Annual report on the Civil Veterinary Department, Burma (including the Insein Veterinary School) - 1923-1931
Year: 1923
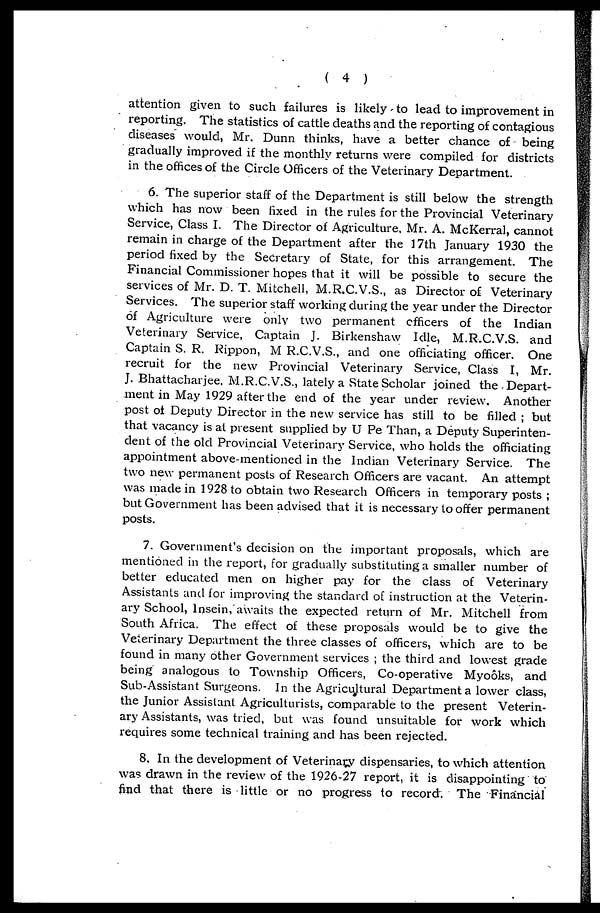
( 4 )
attention given to such failures is likely to lead to improvement in
reporting. The statistics of cattle deaths and the reporting of contagious
diseases would, Mr. Dunn thinks, have a better chance of being
gradually improved if the monthly returns were compiled for districts
in the offices of the Circle Officers of the Veterinary Department.
6. The superior staff of the Department is still below the strength
which has now been fixed in the rules for the Provincial Veterinary
Service, Class I. The Director of Agriculture. Mr. A. McKerral, cannot
remain in charge of the Department after the 17th January 1930 the
period fixed by the Secretary of State, for this arrangement. The
Financial Commissioner hopes that it will be possible to secure the
services of Mr. D. T. Mitchell, M.R.C.V.S., as Director of Veterinary
Services. The superior staff working during the year under the Director
of Agriculture were only two permanent officers of the Indian
Veterinary Service, Captain J. Birkenshaw Idle, M.R.C.V.S. and
Captain S. R. Rippon, M R.C.V.S., and one officiating officer. One
recruit for the new Provincial Veterinary Service, Class I, Mr.
J. Bhattacharjee, M.R.C.V.S., lately a State Scholar joined the Depart-
ment in May 1929 after the end of the year under review. Another
post of Deputy Director in the new service has still to be filled ; but
that vacancy is at present supplied by U Pe Than, a Deputy Superinten-
dent of the old Provincial Veterinary Service, who holds the officiating
appointment above-mentioned in the Indian Veterinary Service. The
two new permanent posts of Research Officers are vacant. An attempt
was made in 1928 to obtain two Research Officers in temporary posts ;
but Government has been advised that it is necessary to offer permanent
posts.
7. Government's decision on the important proposals, which are
mentioned in the report, for gradually substituting a smaller number of
better educated men on higher pay for the class of Veterinary
Assistants and for improving the standard of instruction at the Veterin-
ary School, Insein, awaits the expected return of Mr. Mitchell from
South Africa. The effect of these proposals would be to give the
Veterinary Department the three classes of officers, which are to be
found in many other Government services ; the third and lowest grade
being analogous to Township Officers, Co-operative Myoôks, and
Sub-Assistant Surgeons. In the Agricultural Department a lower class,
the Junior Assistant Agriculturists, comparable to the present Veterin-
ary Assistants, was tried, but was found unsuitable for work which
requires some technical training and has been rejected.
8. In the development of Veterinary dispensaries, to which attention
was drawn in the review of the 1926-27 report, it is disappointing to
find that there is little or no progress to record. The Financial